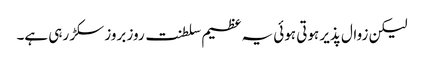
لیکن زوال پذیر ہوتی ہوئی یہ عظیم سلطنت روز بروز سکڑ رہی ہے۔